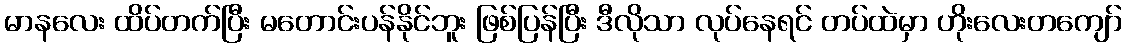
မာနလေး ထိပ်တက်ပြီး မတောင်းပန်နိုင်ဘူး ဖြစ်ပြန်ပြီး ဒီလိုသာ လုပ်နေရင် တပ်ထဲမှာ ဟိုးလေးတကျော်